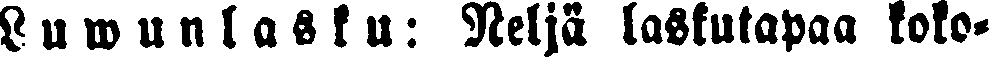
Luwunlasku: Neljä laskutapaa koko-